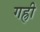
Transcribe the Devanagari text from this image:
गह्री